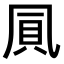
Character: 𠙒